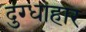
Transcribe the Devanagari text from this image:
दुग्धाहार